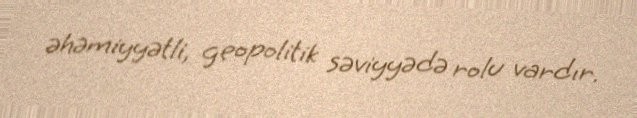
əhəmiyyətli, geopolitik səviyyədə rolu vardır.